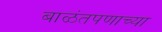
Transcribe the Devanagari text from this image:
बाळंतपणाच्या